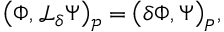
\big ( \boldsymbol { \Phi } , \mathcal { L } _ { \boldsymbol { \delta } } \Psi \big ) _ { \mathcal { P } } = \big ( \boldsymbol { \delta } \boldsymbol { \Phi } , \Psi \big ) _ { P } ,